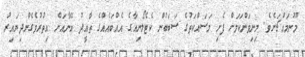
މޫނުމައްޗަށެވެ. މިނިވަންކަމަށް ފެށި މަސައްކަތުގެ ސަބަބުން ކެޓެލޯނިއާގެ އެއްބައެއްގެ ތާއީދު އޭނާއަށް އިތުރުވެގެންދިޔައިރު